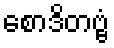
စောဒိတဗ္ဗံ